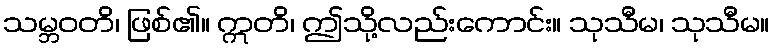
သမ္ဘဝတိ၊ ဖြစ်၏။ ဣတိ၊ ဤသို့လည်းကောင်း။ သုသီမ၊ သုသီမ။